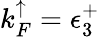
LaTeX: k_{F}^{\mathord{\uparrow}}=\epsilon_{3}^{+}